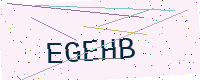
Text: EGEHB